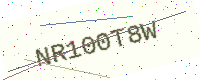
Text: NR100T8W